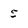
Character: 5